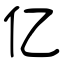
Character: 亿